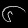
Digit: ၆